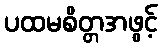
ပထမစိတ္တအဖွင့်